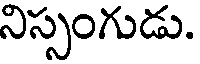
నిస్సంగుడు.